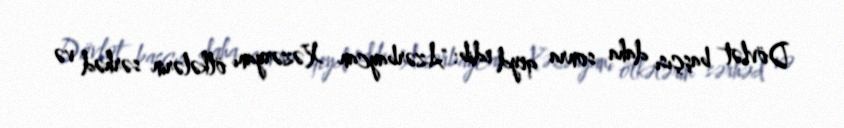
Dövlət başçısı daha sonra qeyd edib: "Azərbaycan Xəzəryanı ölkələrin sərhəd və